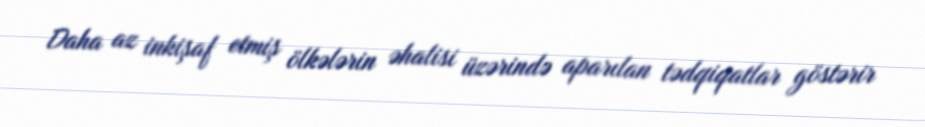
Daha az inkişaf etmiş ölkələrin əhalisi üzərində aparılan tədqiqatlar göstərir